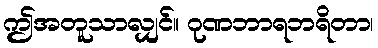
ဤအတူသာလျှင်။ ဂုဏဘာရဘရိတာ၊